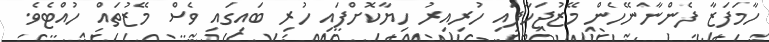
ހާމަފަޒާ ފެންނާނޭހެން މޭޒުޖަހާފައި ހުރިއިރު ހިޔާކޮށްފައި ހުރި ބައިގައި ވެސް މޭޒުތައް ހުއްޓެވެ.